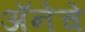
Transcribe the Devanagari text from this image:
अॅनेचे